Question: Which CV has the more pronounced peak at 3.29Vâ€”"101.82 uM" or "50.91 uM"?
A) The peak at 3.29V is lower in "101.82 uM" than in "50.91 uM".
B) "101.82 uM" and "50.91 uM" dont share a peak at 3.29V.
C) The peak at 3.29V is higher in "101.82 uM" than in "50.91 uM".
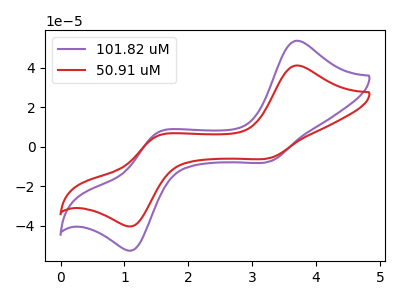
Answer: <think>The purple curve "101.82 uM" has anodic peaks at (3.70V, 53.70uA) (1.50V, 7.15uA) and cathodic peaks at (3.30V, -7.30uA) (1.15V, -52.15uA). The red curve "50.91 uM" has anodic peaks at (3.70V, 41.15uA) (1.50V, 5.50uA) and cathodic peaks at (3.30V, -5.60uA) (1.15V, -39.95uA).</think>
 <answer>C) The peak at 3.29V is higher in "101.82 uM" than in "50.91 uM".</answer>
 <eval>C</eval>